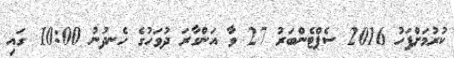
ކުރުމަށްފަހު 2016 ސެޕްޓެންބަރު 27 ވާ އަންގާރަ ދުވަހުގެ ހެނދުނު 10:00 ގައި